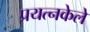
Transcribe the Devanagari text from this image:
प्रयत्‍नकेले